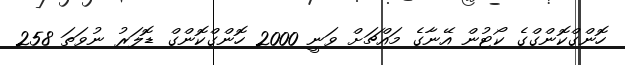
ހޮންގްކޮންގްގެ ކޯޓުން އޭނާގެ މައްޗަށް ވަނީ 2000 ހޮންގްކޮންގް ޑޮލަރު ނުވަތަ 258